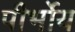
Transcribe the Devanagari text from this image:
पीर्भोय